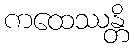
ကထေဿန္တိ